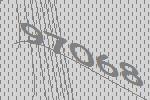
97068